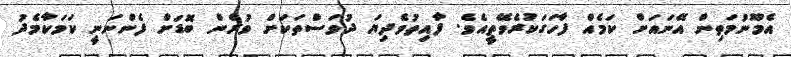
އެމޫނުމަތިން އޭނައަށް ކަމެއް ފާހަގަކުރެވޭތީއެވެ. ފާއިތުވެދިޔަ ދުވަސްތަކަށް ވުރެން ބޮޑަށް ފެންނަނީ ކަމަކާމެދު